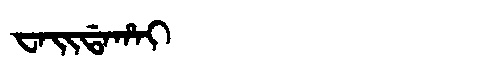
Manchu: ᠸᠠᡳᡩᠠᡥᠠᡳ
Romanization: WAIDAHAI